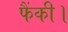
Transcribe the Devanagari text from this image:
फैंकी।